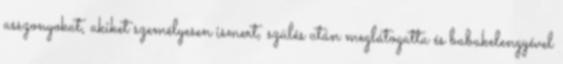
asszonyokat, akiket személyesen ismert, szülés után meglátogatta és babakelengyével